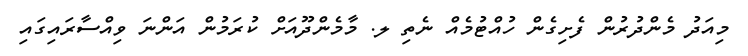
މިއަދު މެންދުރުން ފެށިގެން ހުއްޓުމެއް ނެތި ލ. މާމެންދޫއަށް ކުރަމުން އަންނަ ވިއްސާރައިގައި